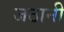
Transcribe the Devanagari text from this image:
जठानी